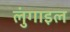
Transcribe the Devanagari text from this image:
लुंगाइल